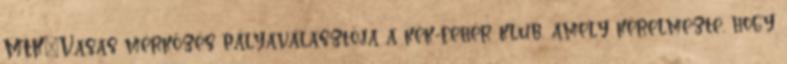
MTK–Vasas mérkőzés pályaválasztója a kék-fehér klub, amely kérelmezte, hogy